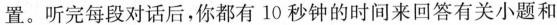
置.听完每段对话后,你都有 10 秒钟的时间来回答有关小题和